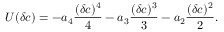
\begin{array} { l } { \displaystyle { U ( \delta c ) = - a _ { 4 } \frac { ( \delta c ) ^ { 4 } } { 4 } - a _ { 3 } \frac { ( \delta c ) ^ { 3 } } { 3 } - a _ { 2 } \frac { ( \delta c ) ^ { 2 } } { 2 } . } } \end{array}